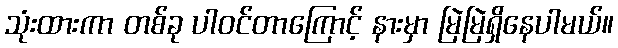
သုံးထားကာ တစ်ခု ပါဝင်တာကြောင့် နားမှာ မြဲမြဲရှိနေပါမယ်။